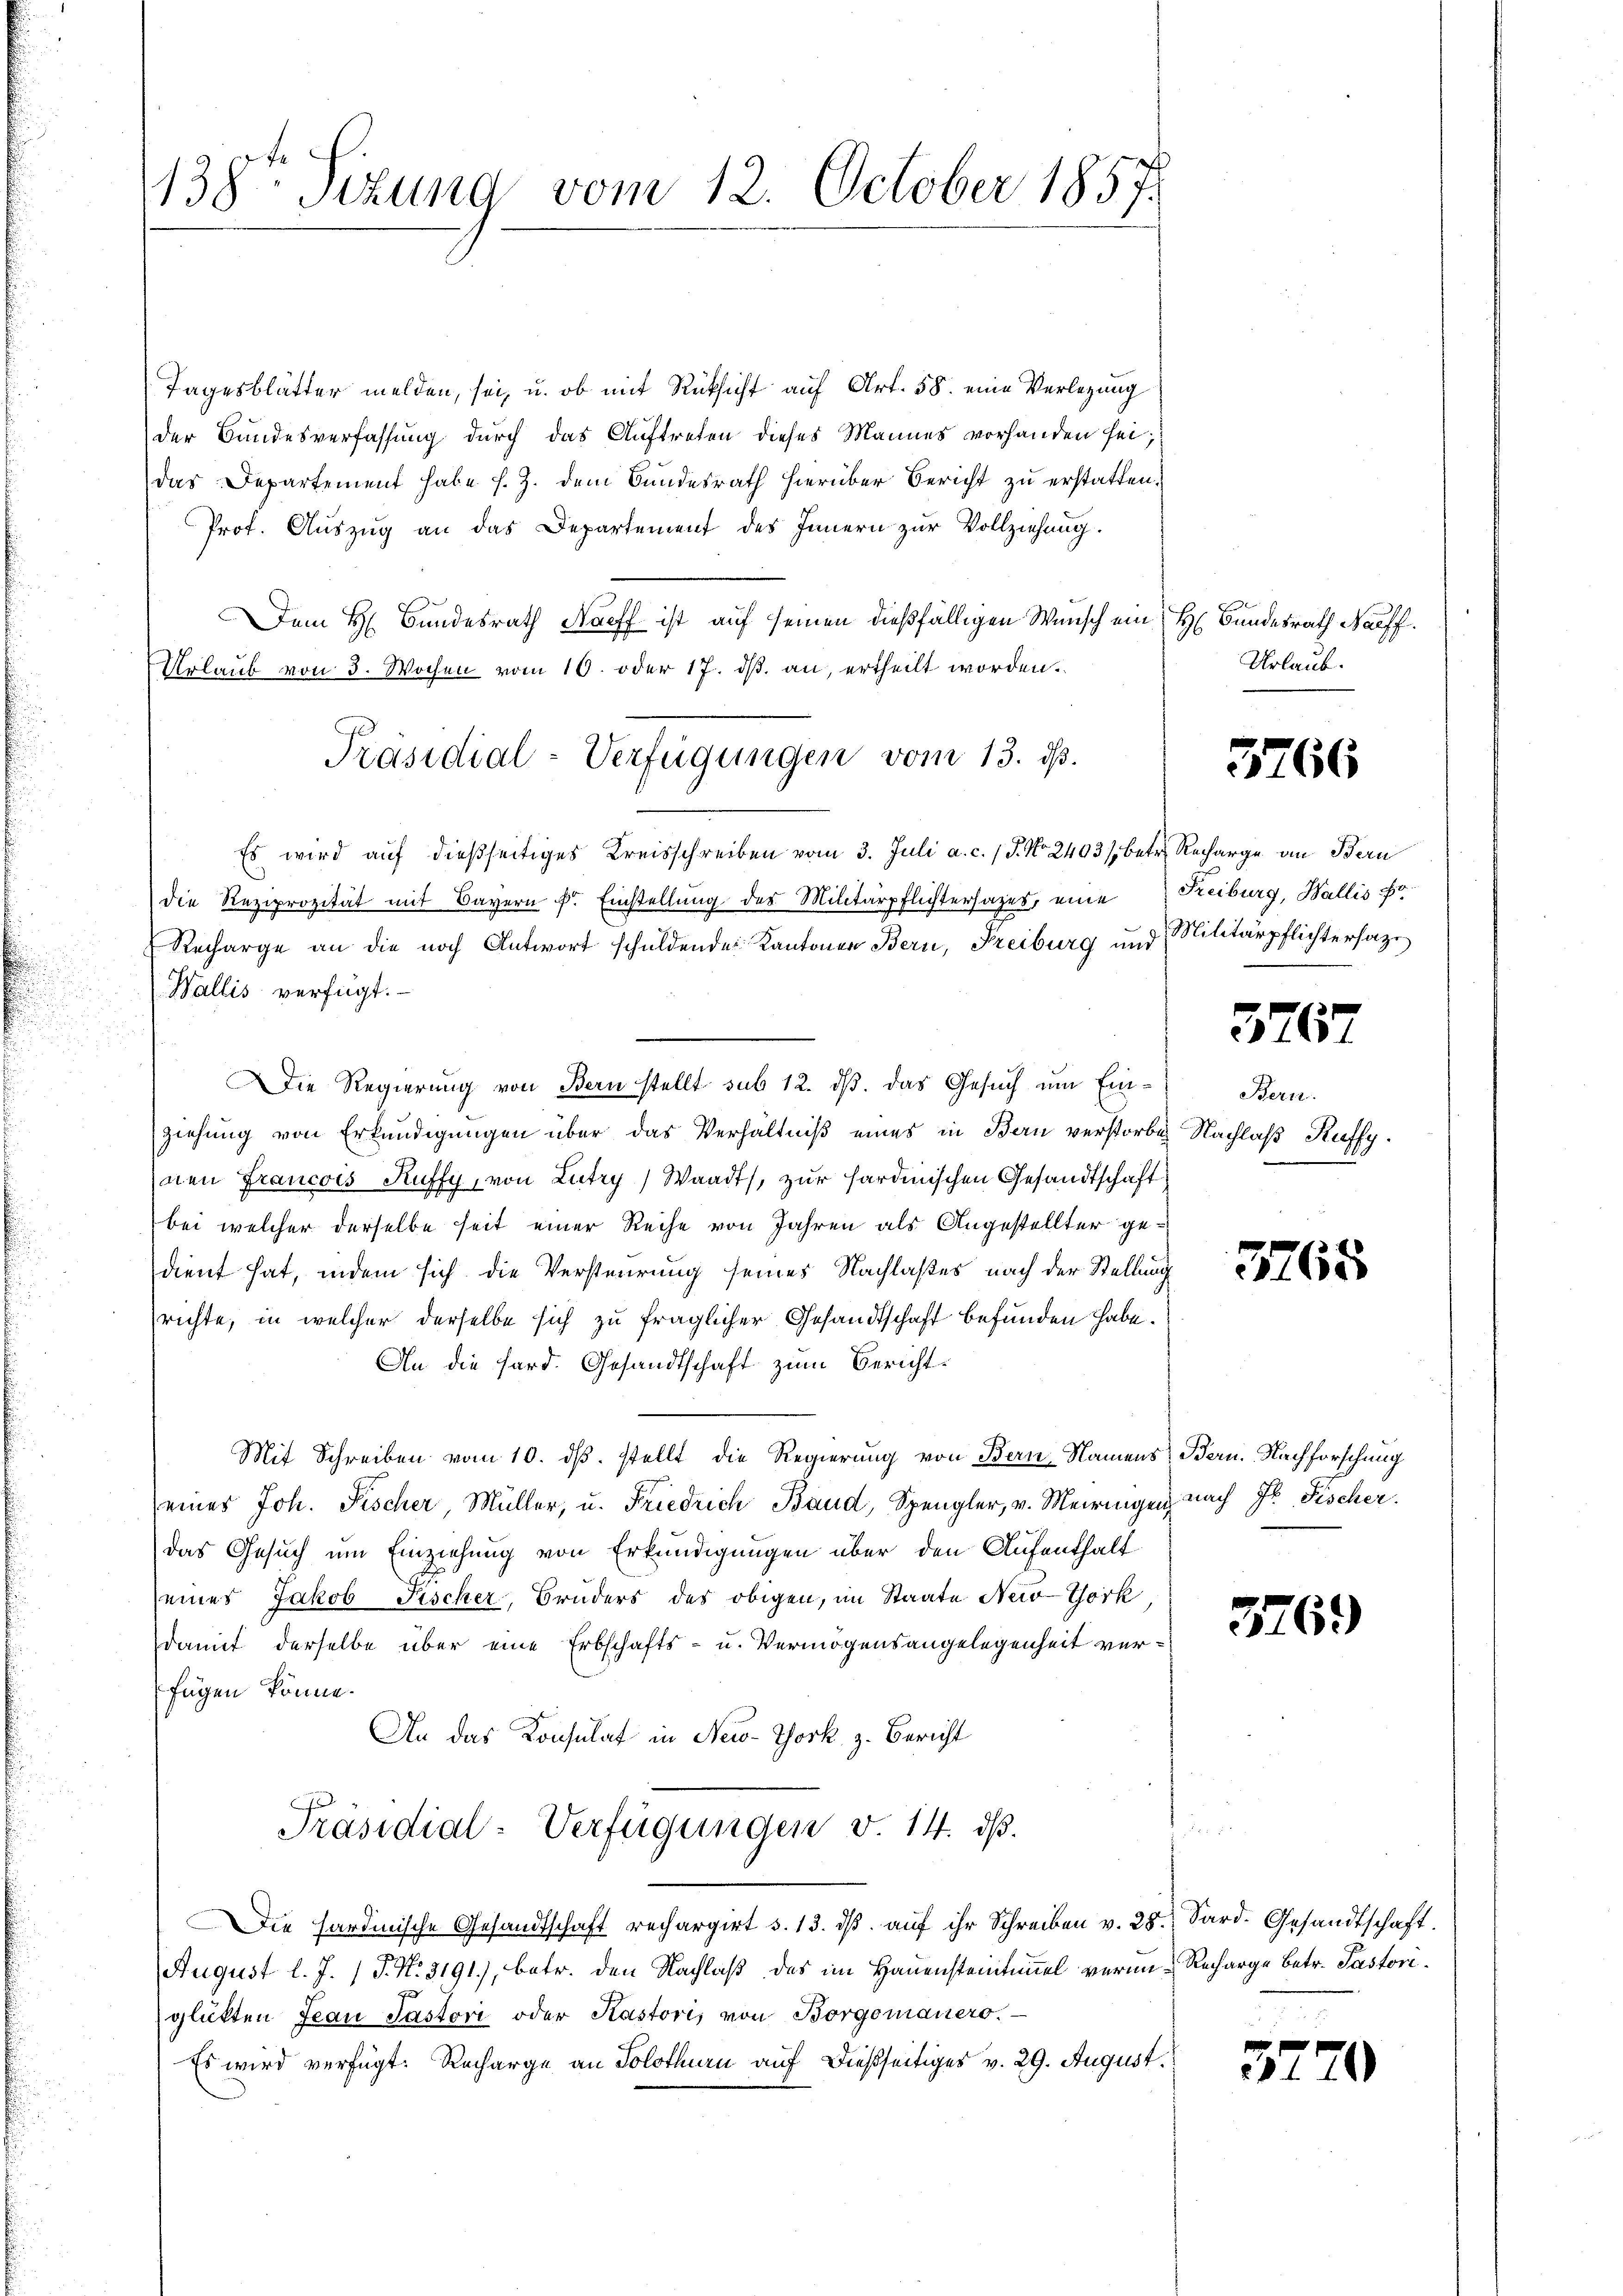
138. Sitzung vom 12. October 1857.

Tagesblätter melden, sei, u. ob mit Rücksicht auf Art. 58. eine Verlegung
der Bundesverfassung durch das Auftreten dieses Mannes vorhanden sei;
das Departement habe s. Z. dem Bundesrath hierüber Bericht zu erstatten.
Prof. Auszug an das Departement des Innern zur Vollziehung.
Dem H. Bundesrath Naeff ist auf seinen dießfälligen Wunsch ein H. Bundesrath Naeff.
Urlaub von 3. Wochen vom 10. oder 17. ds. an, ertheilt worden.
Es wird auf dießseitiges Kreisschreiben vom 3. Juli a. c. 1 P. No 2403/ betr. Recharge an Bern
die Reziprozität mit Bayern k. Einstellung des Militärpflichtersazes, eine
Recharge an die noch Antwort schuldende Kantonen Bern, Freiburg und Militärpflichtersage
Wallis verfügt.
Die Regierung von Bern stellt sub 12. ds. das Gesuch um Einziehung von Erkundigungen über das Verhältniß eines in Bern verstorben Nachlaß Kuffy.
nen Francois Ruffy, von Lutry) Waadt, zur sardinischen Gesandtschaft
bei welcher derselbe seit einer Reihe von Jahren als Angestellter gedient hat, indem sich die Versteurung seines Nachlaßes nach der Stellung
richte, in welcher derselbe sich zu fraglicher Gesandtschaft befunden habe.
An die Hard. Gesandtschaft zum Bericht¬
Mit Schreiben vom 10. ds. stellt die Regierung von Bern-Namens Bern. Nachforschung
eines Joh. Fischer, Müller, u. Friedrich Baud, Spengler, v. Meiringen nach Hr. Fischer.
das Gesuch um Einziehung von Erkundigungen über den Aufenthalt
eines Jakob Fischer, Bruders des obigen, im Staate Neid-Törk
damit derselbe über eine Erbschafts- u. Vermögensangelegenheit verfügen könne.
An das Konsulat in New-York z. Bericht
Präsidial-Verfügungen v. 14. ds.
Die Sardinische Gesandtschaft rechargirt s. 13. dβ aŭf ihr Schreiben v. 28. Sard. Gesandtschaft.
August l. J. J. N. 3191), betr. den Nachlaß des im Hauensteintimel verin-Recharge betr. Pastoriglükten Jean Pastori oder Kastoris von Borgomanero.
Es wird verfügt: Recharge an Solothurn auf dießseitiges v. 29. August.

Präsidial-Verfügungen vom 13. ds.

Urlaub.

3266

Freiburg, Wallis

3767

Bern.

3765

3769

32

r

)